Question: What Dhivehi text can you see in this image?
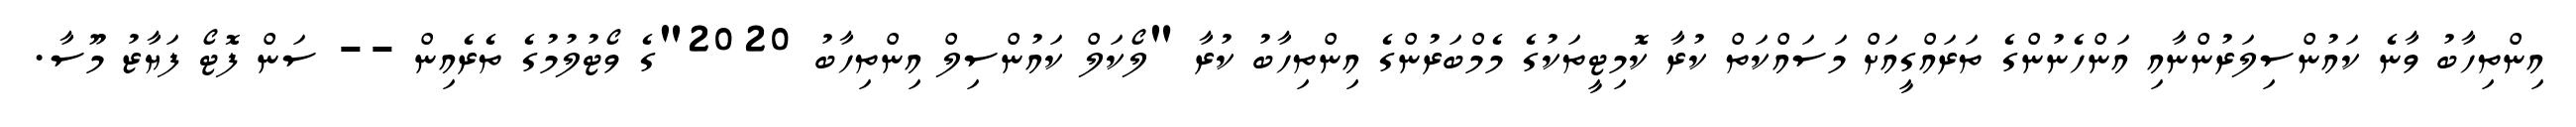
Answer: އިންތިހާބު ވާނެ ކައުންސިލަރުންނާއި އަންހެނުންގެ ތަރައްގީއަށް މަސައްކަތް ކުރާ ކޮމިޓީތަކުގެ މެމްބަރުންގެ އިންތިހާބު ކުރާ "ލޯކަލް ކައުންސިލް އިންތިހާބު 2020"ގެ ވޯޓުލުމުގެ ތެރެއިން -- ސަން ފޮޓޯ ފަޔާޒު މޫސާ.